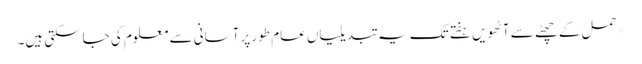
*حمل کے چھٹے سے آٹھویں ہفتے تک یہ تبدیلیاں عام طور پر آسانی سے معلوم کی جاسکتی ہیں۔